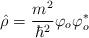
LaTeX: \begin{align*}\hat \rho =\frac{m^2}{\hbar ^2}\varphi _o\varphi _o^{*} \end{align*}